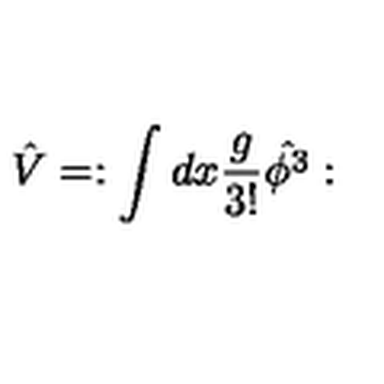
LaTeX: \hat { V } = : \int d x \frac { g } { 3 ! } \hat { \phi ^ { 3 } } :